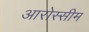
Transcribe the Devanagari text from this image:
आरोस्सीम